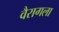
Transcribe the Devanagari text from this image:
वैरागला